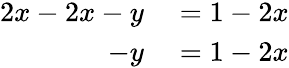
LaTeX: \begin{array}{rl}{2x-2x-y}&{{}=1-2x}\\ {-y}&{{}=1-2x}\end{array}